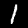
Label: 1